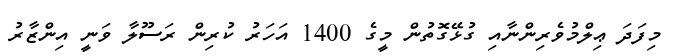
މިފަދަ ޢިލްމުވެރިންނާއި ގުޅޭގޮތުން މީގެ 1400 އަހަރު ކުރިން ރަސޫލާ ވަނީ އިންޒާރު